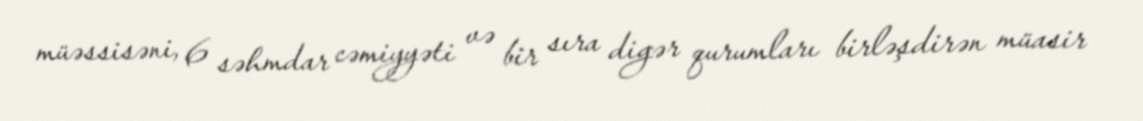
müəssisəni, 6 səhmdar cəmiyyəti və bir sıra digər qurumları birləşdirən müasir